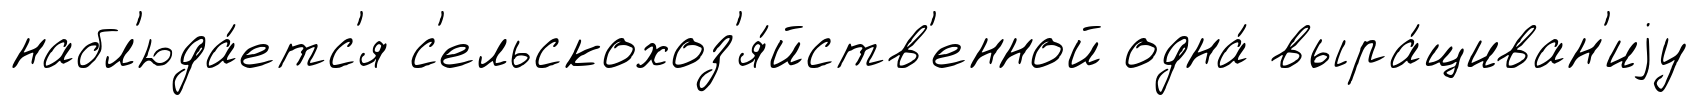
набл'юда́етс'я с'ельскохоз'я́йств'енной одна́ выра́щиван'иjу